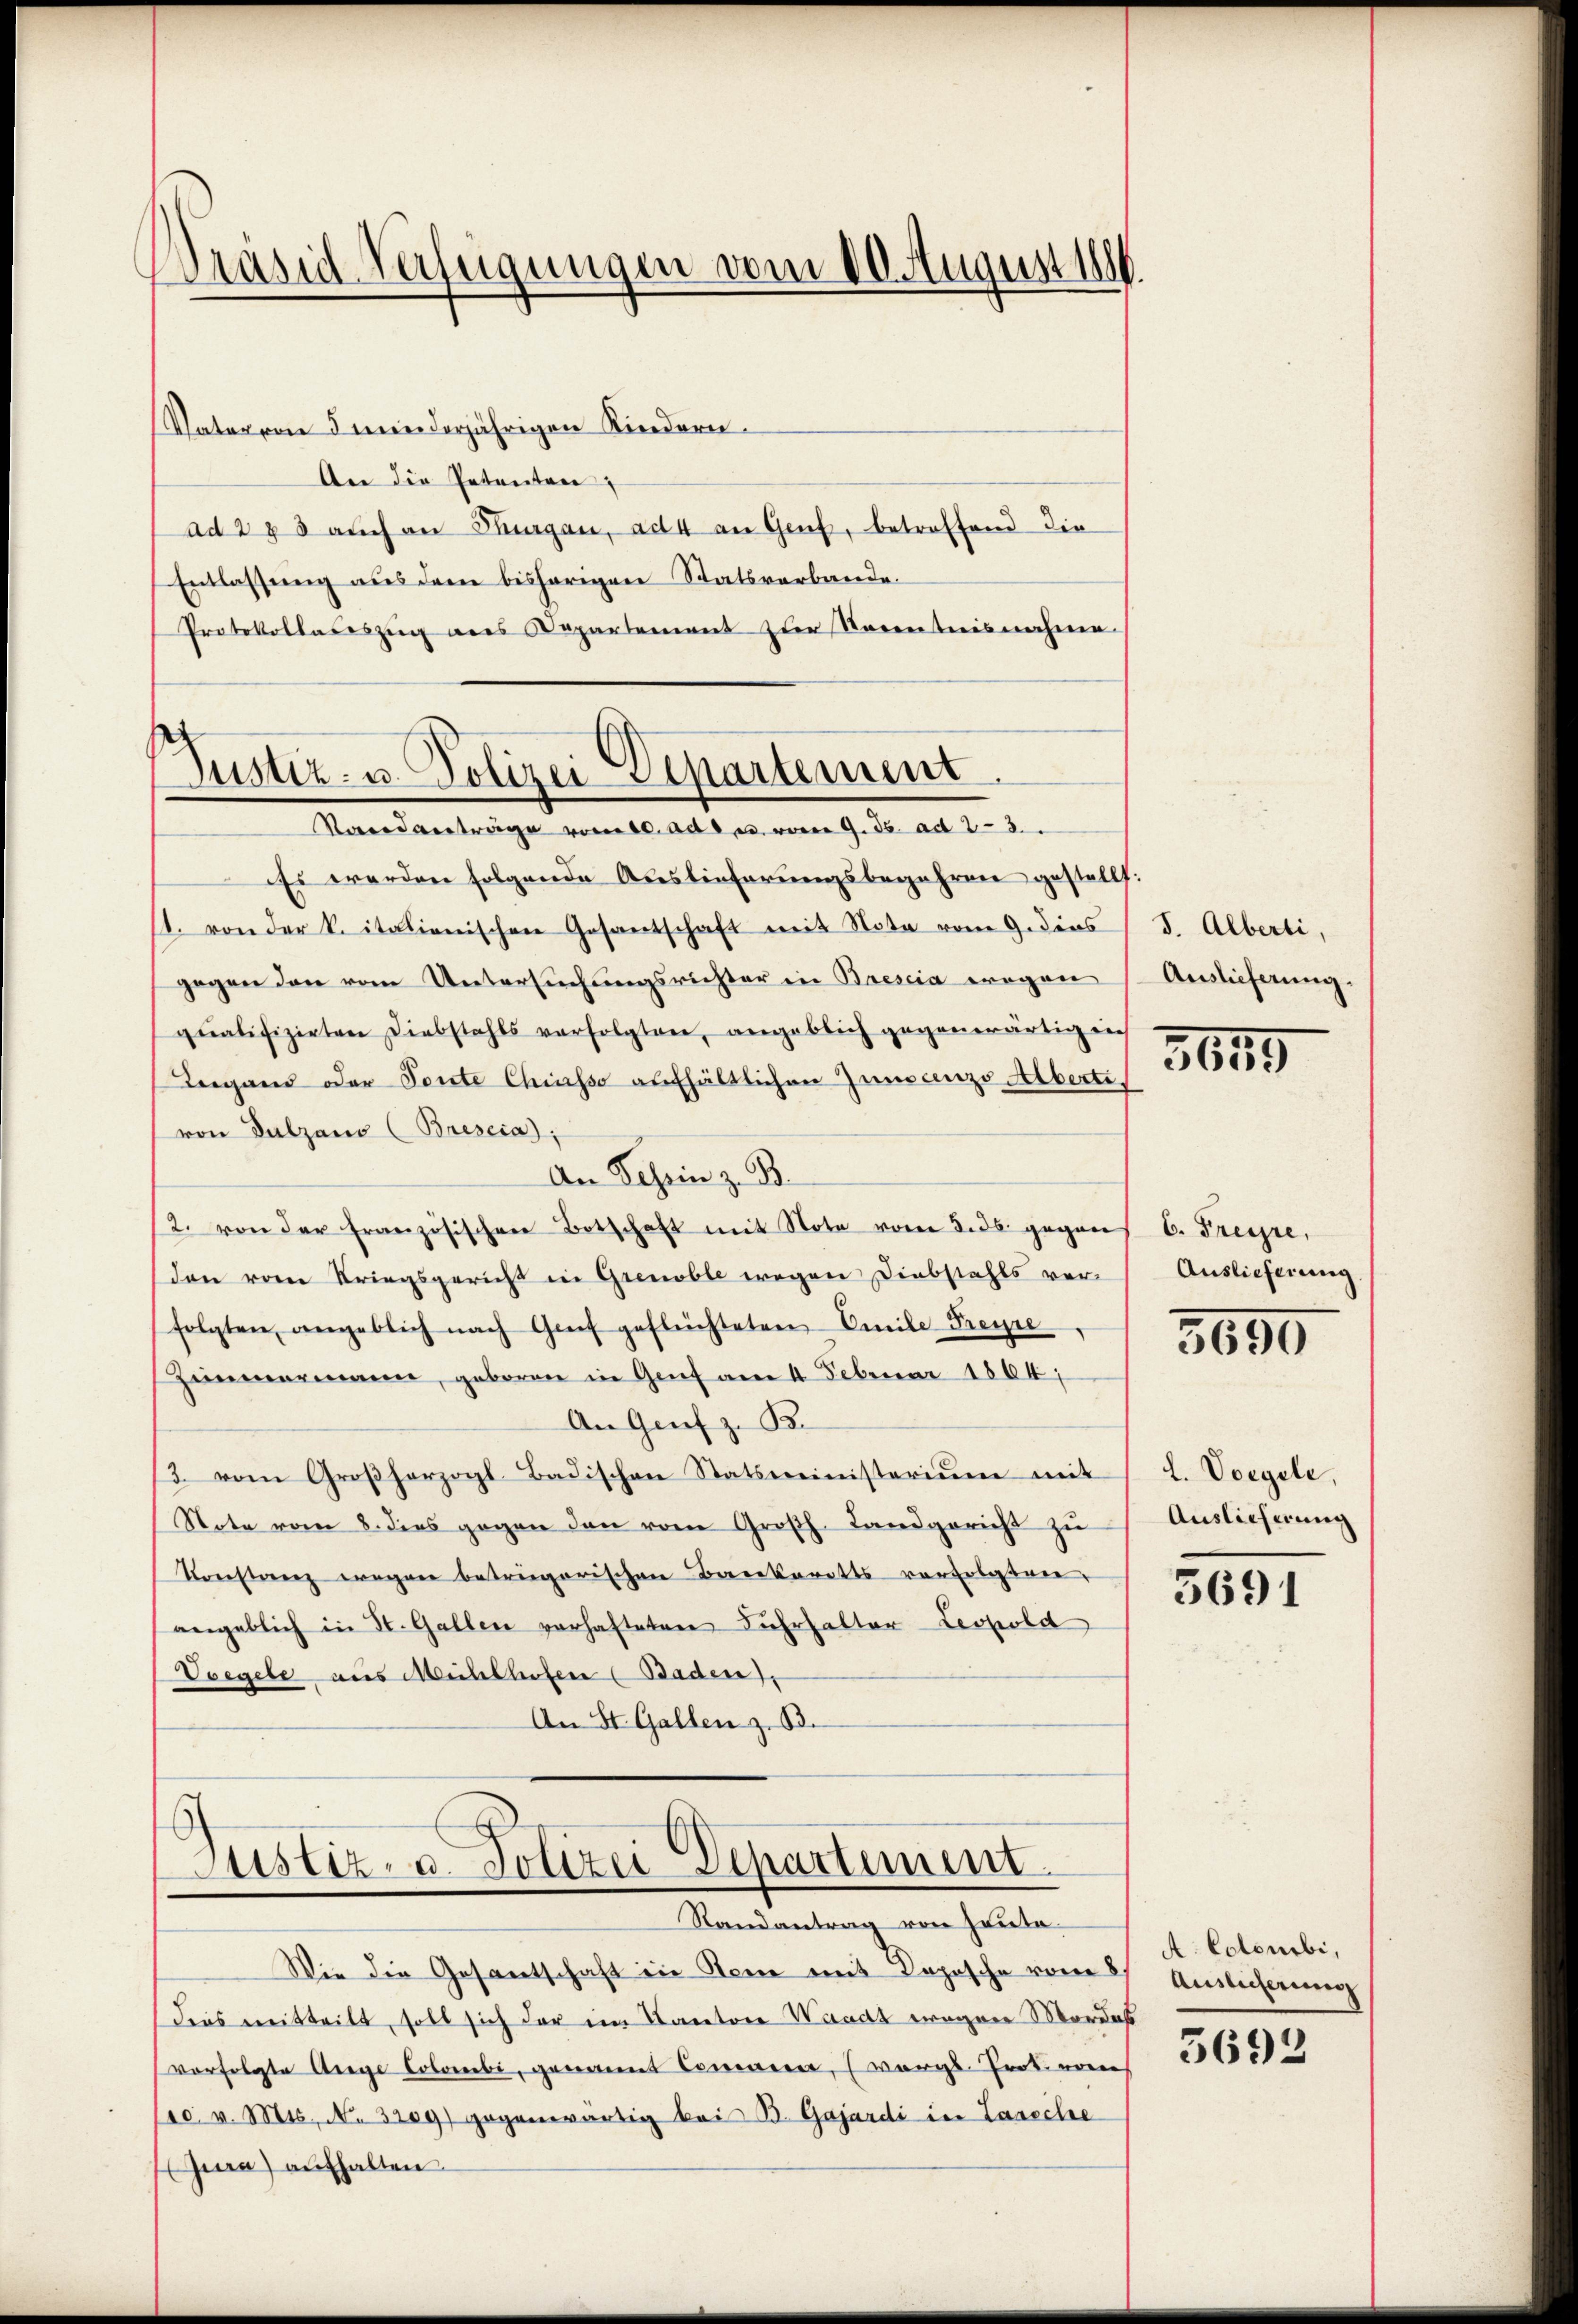
Wräsid Verfügungen vom 10. August 1886.

Vater von 5 minderjährigen Kindern.
An die Petenten;
ad 273 auch an Thurgau, ad 4 an Genf, betroffend die
Entlassung aus dem bisherigen Statsverbande.
Protokolladeszeig des Repartement zur Namentnisnahme.

Justiz- u. Polizei Departement
Vandanträge vom 10. Ad. u. vom 9. ds. ad 23.

Es werden folgende Auslieferŭngsbegehren gestell
s. von der k. italienischen Gesantschaft mit Nota vom 9. dies
gegen den vom Untersuchungsrichter in Baescia wegen
qualifizirten Diebstahls verfolgten, angeblich gegenwärtigen
Lugand oder Fonte Chiasso aufhältlichen Juncenzo Alberti
von Dalzaus (Breseia);
An Schein z. B.
(2. von der französischen Botschaft mit Note vom 5. ds. gegens 6. Freyze,
den von Kriegsgericht in Grenable wegen Diebstahls ver-
folgten angeblich nach Genf geflüchteten Emile Freyre
Zimmermanen, geboren in Genf am 4. Februar 1864;
An Genf z. B.
3. vom Großherzogl-Badischen Statsministeriŭm mit
Note vom 8. dies gegen den vom Großh. Landgericht zŭ
Konstanz wegen betriegerischen Backerotts verfolgten.
angeblich in St. Gallen verhafteten Fuhrhalter Leopold
Voegele aus Mühlhofen (Baden),
An St. Gallen z. B.

r
Justiz- u. Polizei Departement.
Randantrag von Heute.

Wie die Gesantschaft in dem mit Dopische vom 8. Auslicherung
deas mitteilt, soll sich der im Kanton Waadt wegen Mordes
verfolgte Ange Colombi, genannt Comanen, (worgs-Proteren
(so. v. Mts., N. 3209) gegenwärtig bei B. Gajardi in Lareche
Jura) aufhalten.

S. Alberti,
Auslieferung.

3659

Auslieferung

3690

L. Vorgele,
Auslieferung

5691

A. Colombi,

3692